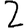
Digit: 2